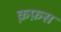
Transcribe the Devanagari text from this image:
क़फ़स